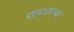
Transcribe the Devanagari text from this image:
वध्यश्व